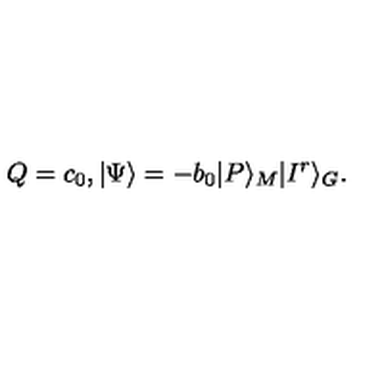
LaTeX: Q = c _ { 0 } , | \Psi \rangle = - b _ { 0 } | P \rangle _ { M } | I ^ { r } \rangle _ { G } .